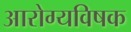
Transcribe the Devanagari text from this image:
आरोग्यविषक